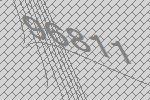
96811